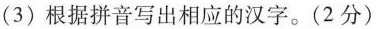
(3)根据拼音写出相应的汉字。(2分)